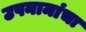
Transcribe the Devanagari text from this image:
उपनामांचा